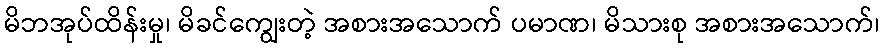
မိဘအုပ်ထိန်းမှု၊ မိခင်ကျွေးတဲ့ အစားအသောက် ပမာဏ၊ မိသားစု အစားအသောက်၊